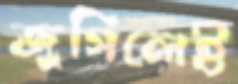
জুসিলেই